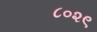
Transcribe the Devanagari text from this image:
८०२९